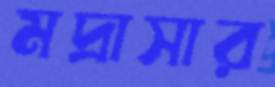
মদ্রাসার